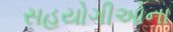
સહયોગીઓના